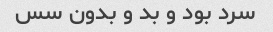
سرد بود و بد و بدون سس